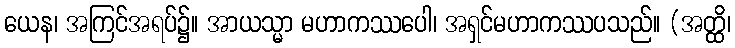
ယေန၊ အကြင်အရပ်၌။ အာယသ္မာ မဟာကဿပေါ၊ အရှင်မဟာကဿပသည်။ (အတ္ထိ၊